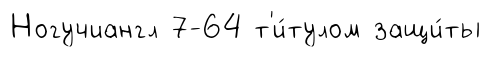
Ногучиангл 7-64 т'и́тулом защи́ты